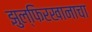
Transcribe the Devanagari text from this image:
झुल्फिरखानाचा